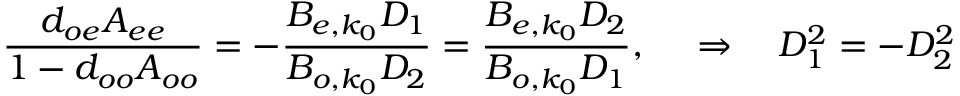
{ \frac { d _ { o e } A _ { e e } } { 1 - d _ { o o } A _ { o o } } } = - { \frac { B _ { e , k _ { 0 } } D _ { 1 } } { B _ { o , k _ { 0 } } D _ { 2 } } } = { \frac { B _ { e , k _ { 0 } } D _ { 2 } } { B _ { o , k _ { 0 } } D _ { 1 } } } , ~ ~ ~ ~ \Rightarrow ~ ~ ~ D _ { 1 } ^ { 2 } = - D _ { 2 } ^ { 2 }